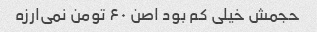
حجمش خیلی کم بود اصن ۶۰ تومن نمی‌ارزه